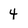
Character: 4